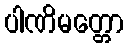
ပါဏိမတ္တော